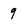
Character: 9